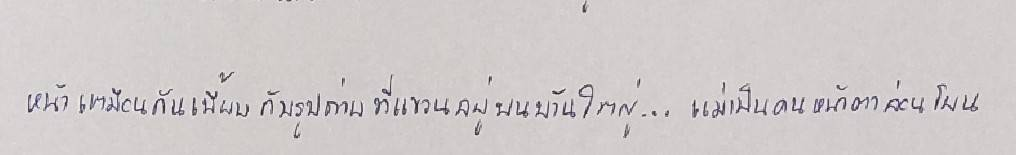
หน้าเหมือนกันเพี้ยบกับรูปถ่ายที่แขวนอยู่บนบ้านใหญ่...แม่เป็นคนหน้าตาอ่อนโยน